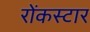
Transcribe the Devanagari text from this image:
रोंकस्टार